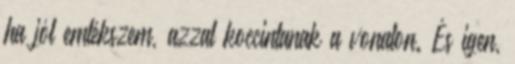
ha jól emlékszem, azzal koccintanak a vonaton. És igen,